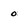
Character: 0